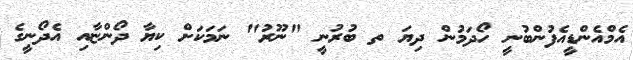
އެމްއެންޑީއެފުންބުނީ ހޯދަމުން ދިޔަ ތ ބުރުނީ "ނޫރު" ނަމަކަށް ކިޔާ ދޯންޏާއި އެދޯނީގެ